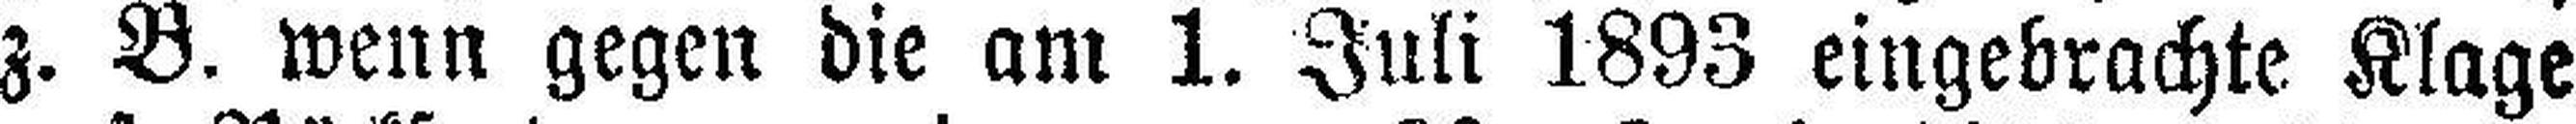
z. B. wenn gegen die am 1. Juli 1893 eingebrachte Klage